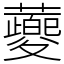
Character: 蘷